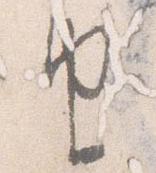
由